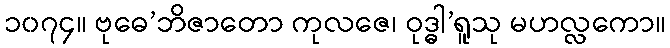
၁၀၇၄။ ဗုဓေ’ဘိဇာတော ကုလဇေ၊ ဝုဒ္ဓါ’ရူသု မဟလ္လကော။